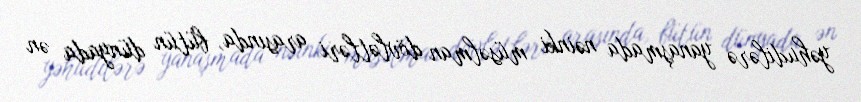
yəhudilərə yanaşmada nəinki müsəlman dövlətləri arasında, bütün dünyada ən